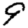
Digit: 9